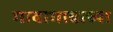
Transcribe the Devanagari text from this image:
गावागावाच्या